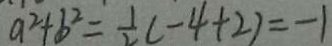
a ^ { 2 } + b ^ { 2 } = \frac { 1 } { 2 } ( - 4 + 2 ) = - 1